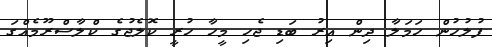
ފުލުހުން ހަމަލާ ދިން އިރު ބަޑި ޖެހި މީހާ ހުރީ ކޮލެޖުގެ ކްލާސްރޫމެއްގަ